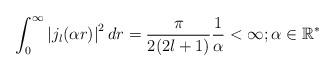
LaTeX: \begin{align*}\begin{aligned}\int_{0}^{\infty} \left| j_{l}(\alpha r) \right|^{2} dr =\frac{\pi}{2(2l+1)}\frac{1}{\alpha}<\infty;\alpha \in \mathbb{R}^{*}\end{aligned}\end{align*}